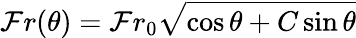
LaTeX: \mathcal{F}r(\theta)=\mathcal{F}r_{0}\sqrt{\cos\theta+C\sin\theta}